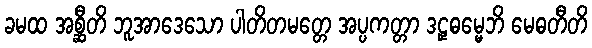
ခမထ အစ္ဆီတိ ဘူအာဒေသော ပါတိတမတ္တေ အပ္ပကတ္တာ ဒဠှဓမ္မေဘိ မေဓတီတိ